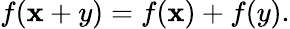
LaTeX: f(\mathbf{x}+y)=f(\mathbf{x})+f(y).